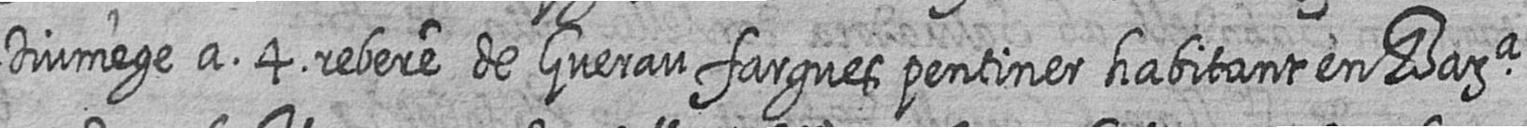
Diumenge a 4 rebere de Guerau fargues pentiner habitant en Bara